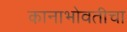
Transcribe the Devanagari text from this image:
कानाभोवतीचा